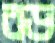
রড